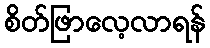
စိတ်ဖြာလေ့လာရန်